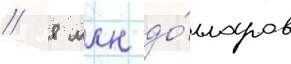
/ 8 млн до́лларов